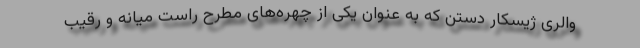
والری ژیسکار دستن که به عنوان یکی از چهره‌های مطرح راست میانه و رقیب